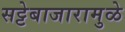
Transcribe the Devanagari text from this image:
सट्टेबाजारामुळे